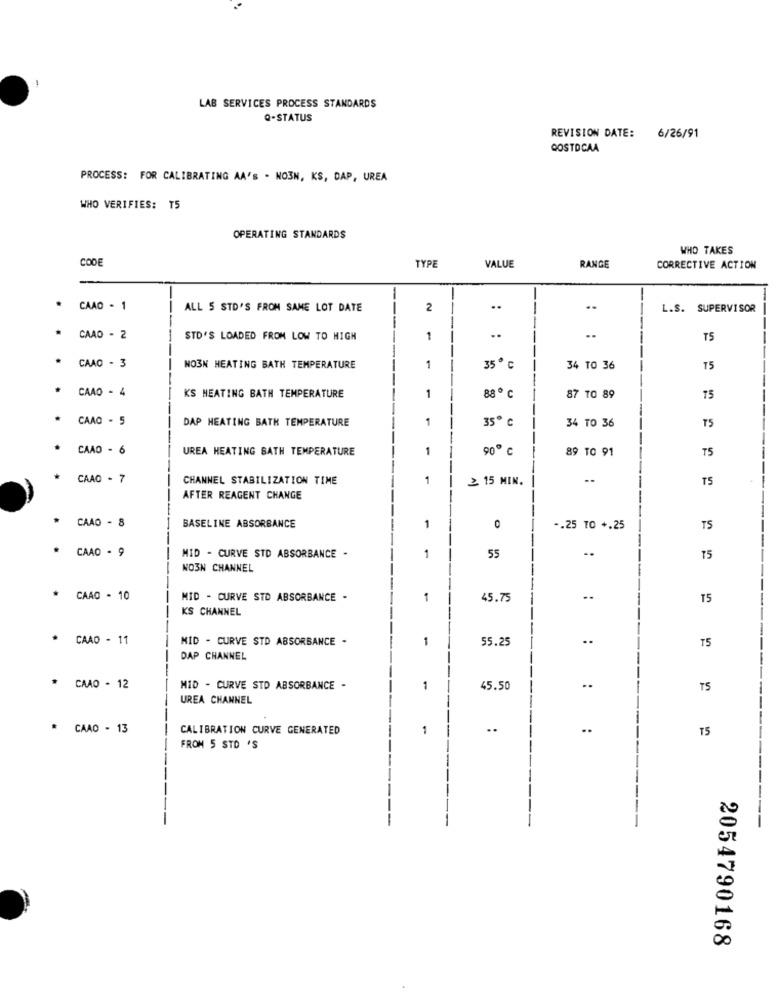
LAB SERVICES PROCESS STANDARDS
Q-STATUS
REVISION DATE:
6/26/91
QOSTOCAA
PROCESS: FOR CALIBRATING AA'S . NOEN, KS, DAP, UREA
WHO VERIFIES: T5
OPERATING STANDARDS
WHO TAKES
CODE
TYPE
VALUE
RANGE
CORRECTIVE ACTION
.
CAAD - 1
ALL 5 STD'S FROM SAME LOT DATE
2
..
-
L.S. SUPERVISOR
CAAD - 2
STD'S LOADED FROM LOW TO HIGH
1
..
..
T5
* CAAO - 3
NO3N HEATING BATH TEMPERATURE
1
35 ℃
34 TO 36
--
75
CAAO - 4
KS HEATING BATH TEMPERATURE
1
88 ℃
87 TO 89
75
CAAO - 5
DAP HEATING BATH TEMPERATURE
1
35 ℃
34 TO 36
T5
CAAD - 6
UREA HEATING BATH TEMPERATURE
1
90 ℃
89 TO 91
75
CAAO - 7
CHANNEL STABILIZATION TIME
1
2. 15 MIN.
TS
AFTER REAGENT CHANGE
CAAD - 8
BASELINE ABSORBANCE
1
0
-. 25 TO +.25
TS
CAAO . 9
MID - CURVE STD ABSORBANCE -
1
55
..
NO3N CHANNEL
CAAO - 10
MID - CURVE STD ABSORBANCE -
1
45.75
15
KS CHANNEL
CAAD - 11
MID - CURVE STD ABSORBANCE -
1
55.25
..
T5
DAP CHANNEL
* CAAO - 12
MID - CURVE STD ABSORBANCE -
45.50
..
TS
UREA CHANNEL
* CAAD - 13
CALIBRATION CURVE GENERATED
..
..
T5
FROM 5 STD 'S
2054790168